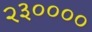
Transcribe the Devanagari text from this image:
२३००००